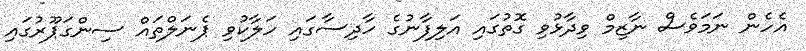
އެހެން ނަމަވެސް ނާޒިމް ވިދާޅުވި ގޮތުގައި އަލިފާނުގެ ހާދިސާގައި ހަލާކުވި ޕެނަލްތައް ސިންގަޕޫރުގައި